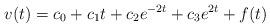
LaTeX: \begin{align*}v(t)=c_0+c_1 t+c_2 e^{-2t}+c_3 e^{2t} + f(t)\end{align*}